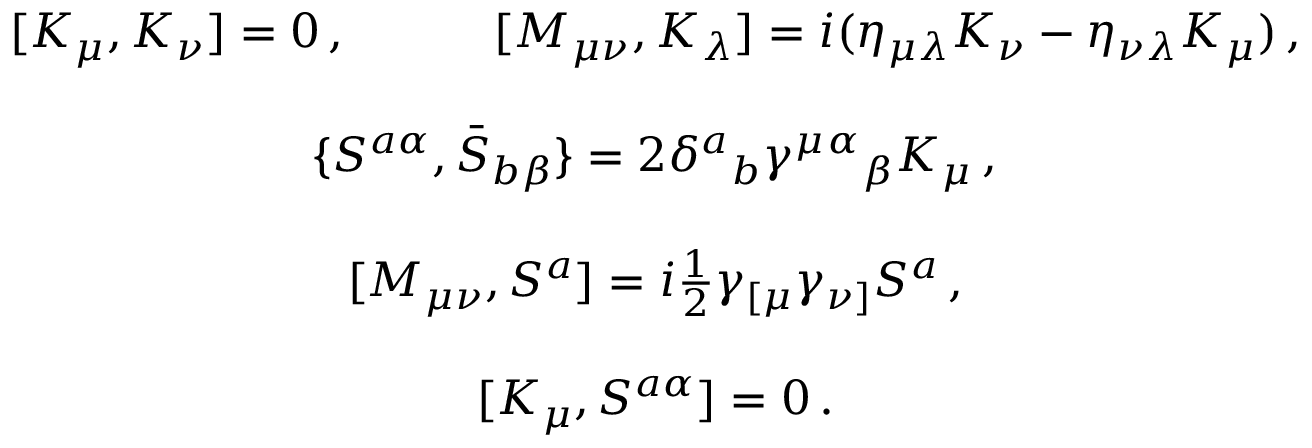
\begin{array} { c } { { [ K _ { \mu } , K _ { \nu } ] = 0 \, , ~ ~ ~ ~ ~ ~ ~ ~ ~ [ M _ { \mu \nu } , K _ { \lambda } ] = i ( \eta _ { \mu \lambda } K _ { \nu } - \eta _ { \nu \lambda } K _ { \mu } ) \, , } } \\ { { { } } } \\ { { \{ S ^ { a \alpha } , \bar { S } _ { b \beta } \} = 2 \delta ^ { a } { } _ { b } \gamma ^ { \mu } { } ^ { \alpha } { } _ { \beta } K _ { \mu } \, , } } \\ { { { } } } \\ { { { } [ M _ { \mu \nu } , S ^ { a } ] = i \textstyle { \frac { 1 } { 2 } } \gamma _ { [ \mu } \gamma _ { \nu ] } S ^ { a } \, , } } \\ { { { } } } \\ { { { } [ { K } _ { \mu } , S ^ { a \alpha } ] = 0 \, . } } \end{array}